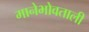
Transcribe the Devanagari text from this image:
मानेभोवताली